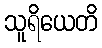
သူရိယေတိ